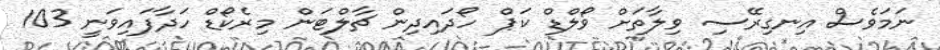
ނަމަވެސް އިނގިރޭސި ވިލާތަށް ވޯލްޑް ކަޕް ހޯދައިދިން ޗާލްޓަން މިރެކޯޑް ހަދާފައިވަނީ 103